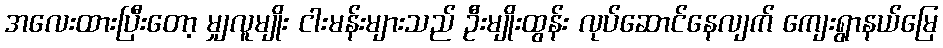
အလေးထားပြီးတော့ မျှလူမျိုး ငါးမန်းများသည် ဦးမျိုးထွန်း လုပ်ဆောင်နေလျက် ကျေးရွာနယ်မြေ